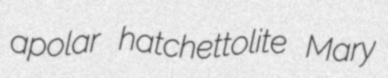
apolar hatchettolite Mary